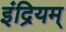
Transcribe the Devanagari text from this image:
इंद्रियम्